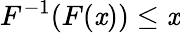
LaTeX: F^{-1}(F(\mathit{x}))\leq\mathit{x}